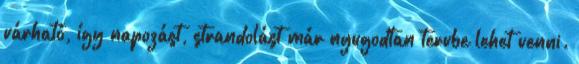
várható, így napozást, strandolást már nyugodtan tervbe lehet venni.